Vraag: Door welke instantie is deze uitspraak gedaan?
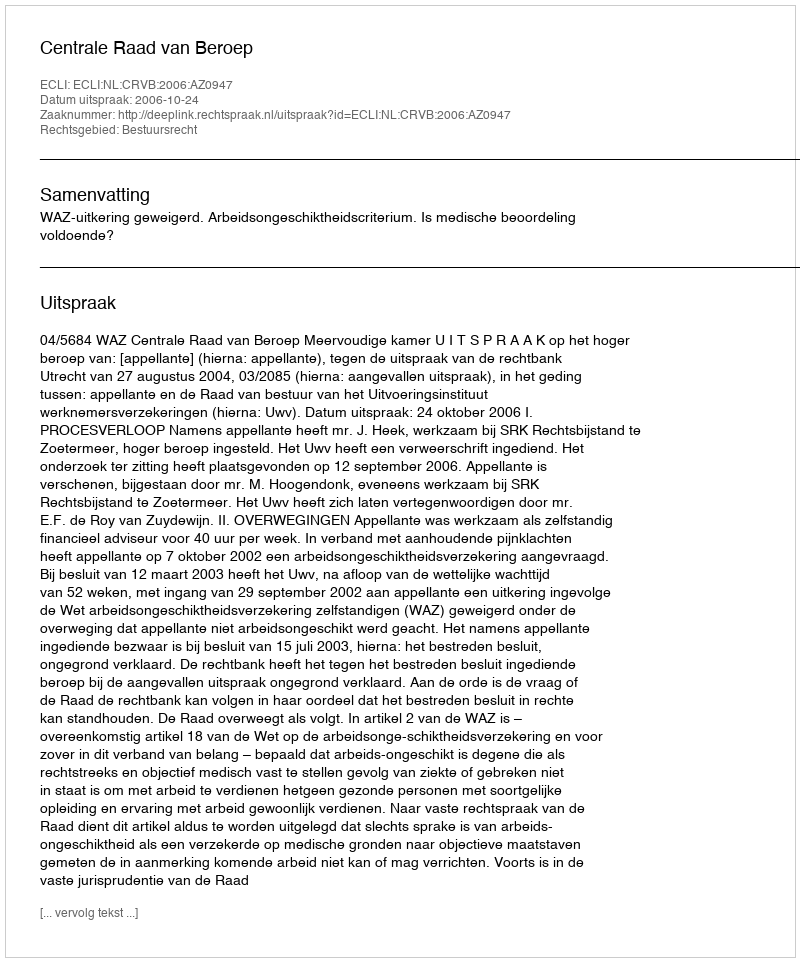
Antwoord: Centrale Raad van Beroep